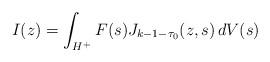
LaTeX: \begin{align*} I (z) &= \int_{H^{+}} F (s) J_{k-1-\tau_0} (z, s) \, dV(s) \end{align*}